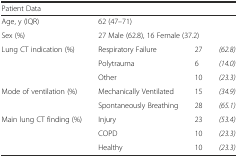
<table><thead><tr><td colspan="4"><b>Patient Data</b></td></tr></thead><tbody><tr><td>Age, y (IQR)</td><td colspan="3">62 (47–71)</td></tr><tr><td>Sex (%)</td><td colspan="3">27 Male (62.8), 16 Female (37.2)</td></tr><tr><td rowspan="3">Lung CT indication (%)</td><td>Respiratory Failure</td><td>27</td><td><i>(62.8)</i></td></tr><tr><td>Polytrauma</td><td>6</td><td><i>(14.0)</i></td></tr><tr><td>Other</td><td>10</td><td><i>(23.3)</i></td></tr><tr><td rowspan="2">Mode of ventilation (%)</td><td>Mechanically Ventilated</td><td>15</td><td><i>(34.9)</i></td></tr><tr><td>Spontaneously Breathing</td><td>28</td><td><i>(65.1)</i></td></tr><tr><td rowspan="3">Main lung CT finding (%)</td><td>Injury</td><td>23</td><td><i>(53.4)</i></td></tr><tr><td>COPD</td><td>10</td><td><i>(23.3)</i></td></tr><tr><td>Healthy</td><td>10</td><td><i>(23.3)</i></td></tr></tbody></table>